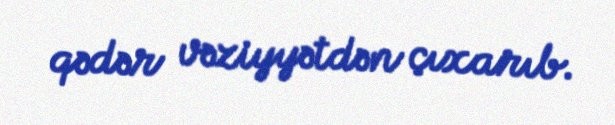
qədər vəziyyətdən çıxarıb.